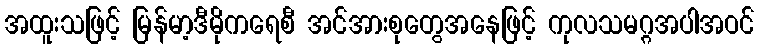
အထူးသဖြင့် မြန်မာ့ဒီမိုကရေစီ အင်အားစုတွေအနေဖြင့် ကုလသမဂ္ဂအပါအဝင်